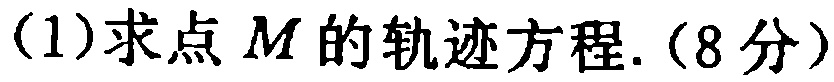
(1)求点\(M\)的轨迹方程.（8分）